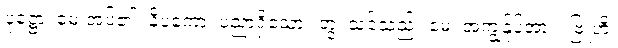
ပုဋ္ဌော၊ မေးအပ်၏။ နိပကော၊ ပညာရှိသော။ တွံ၊ သင်သည်။ မေ၊ အကျွန်ုပ်အား။ ဗြူဟိ၊